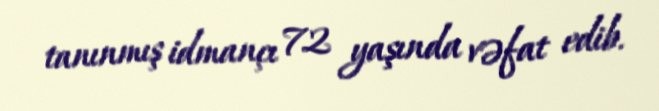
tanınmış idmançı 72 yaşında vəfat edib.